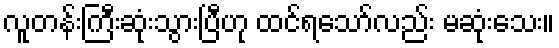
လူတန်းကြီးဆုံးသွားပြီဟု ထင်ရသော်လည်း မဆုံးသေး။